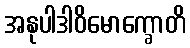
အနုပါဒါဝိမောက္ခောတိ